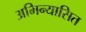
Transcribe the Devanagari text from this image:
अभिन्यासित